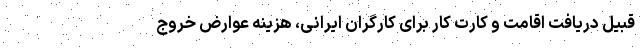
قبیل دریافت اقامت و کارت کار برای کارگران ایرانی، هزینه عوارض خروج